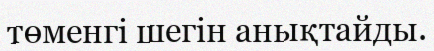
төменгі шегін анықтайды.